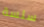
سلسة